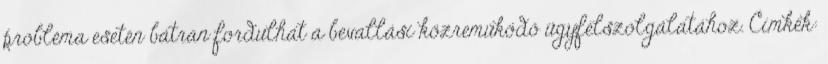
probléma esetén bátran fordulhat a bevallási közreműködő ügyfélszolgálatához. Címkék: